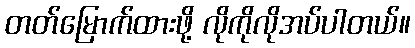
တတ်မြောက်ထားဖို့ လိုကိုလိုအပ်ပါတယ်။